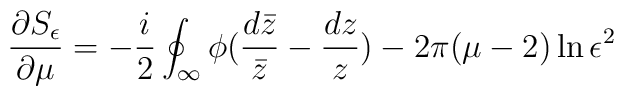
\frac{\partial S_\epsilon}{\partial \mu} = -\frac{i}{2}\oint_\infty\phi(\frac{d\bar z}{\bar z}- \frac{d z}{ z}) - 2\pi(\mu-2)\ln\epsilon^2